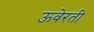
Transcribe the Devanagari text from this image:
ऊवेरती